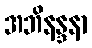
အဘိနန္ဒနာ